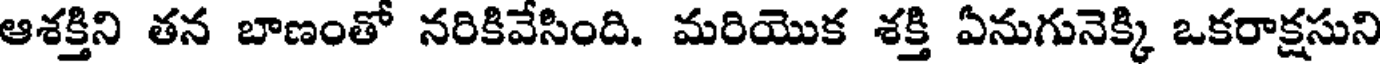
ఆశక్తిని తన బాణంతో నరికివేసింది. మరియొక శక్తి ఏనుగునెక్కి ఒకరాక్షసుని